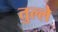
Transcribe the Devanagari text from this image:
तुल्ले